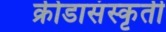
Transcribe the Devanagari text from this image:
क्रीडासंस्कृती